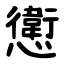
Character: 㦣